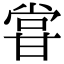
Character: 甞